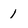
Character: 1